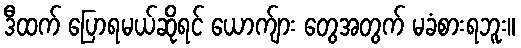
ဒီထက် ပြောရမယ်ဆိုရင် ယောက်ျား တွေအတွက် မခံစားရဘူး။